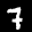
Label: 7